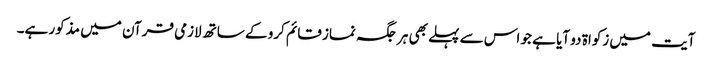
آیت میں زکواۃ دو آیا ہے جو اس سے پہلے بھی ہر جگہ نماز قائم کرو کے ساتھ لازمی قرآن میں مذکور ہے۔